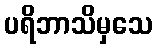
ပရိဘာသိမှသေ